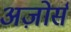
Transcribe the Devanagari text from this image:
अज़ोर्स